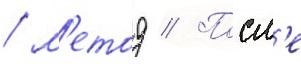
/ м'етод // Посл'е